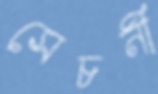
সেচনী